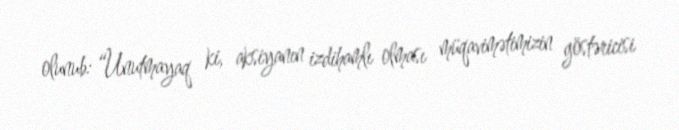
olunub: “Unutmayaq ki, aksiyanın izdihamlı olması müqavimətimizin göstəricisi